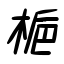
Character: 梔